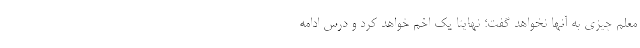
معلم چیزی به آنها نخواهد گفت؛ نهایتا یک اخم خواهد کرد و درس ادامه